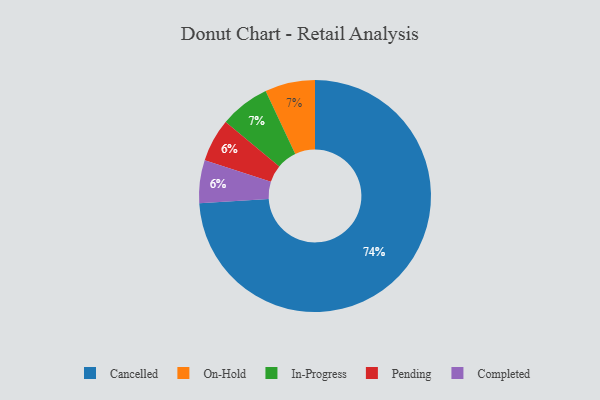
{"axis": {"x": "Category", "y": "Percentage"}, "legend": ["Cancelled", "Completed", "In-Progress", "On-Hold", "Pending"], "data": [{"x": "On-Hold", "y": 7, "type": "On-Hold"}, {"x": "Cancelled", "y": 74, "type": "Cancelled"}, {"x": "In-Progress", "y": 7, "type": "In-Progress"}, {"x": "Pending", "y": 6, "type": "Pending"}, {"x": "Completed", "y": 6, "type": "Completed"}]}